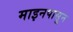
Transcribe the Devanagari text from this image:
माइनपासून